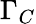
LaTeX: \Gamma_{C}